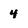
Character: 4